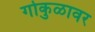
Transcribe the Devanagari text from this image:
गोकुळावर